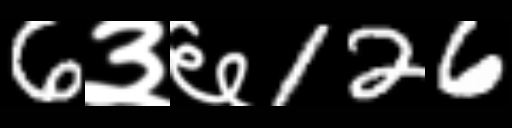
Text: 6३६126